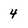
Character: 4